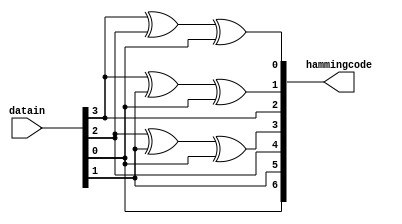
module HammingCodeGenerator(datain,hammingcode);
input [0:3]datain;
output reg [6:0]hammingcode;
always@*
begin
hammingcode[6:0] = {datain[3],datain[2],datain[1],1'b0,datain[0],1'b0,1'b0};
hammingcode[0] = hammingcode[2]^hammingcode[4]^hammingcode[6];
hammingcode[1] = hammingcode[2]^hammingcode[5]^hammingcode[6];
hammingcode[3] = hammingcode[4]^hammingcode[5]^hammingcode[6];
end
endmodule